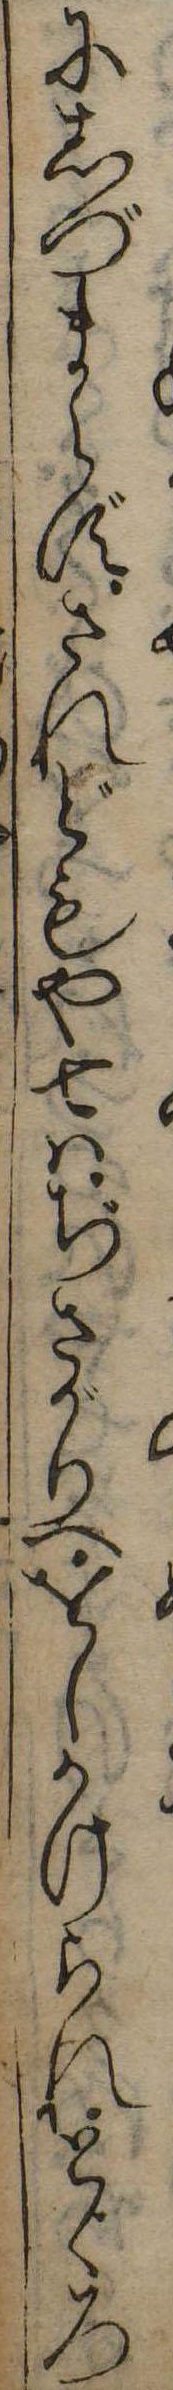
にしづまらずされどもや七はぢさがりへをしかけられとゞろ